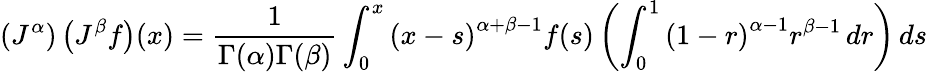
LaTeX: \left(J^{\alpha}\right)\left(J^{\beta}f\right)(x)={\frac{1}{\Gamma(\alpha)\Gamma(\beta)}}\int_{0}^{x}\left(x-s\right)^{\alpha+\beta-1}f(s)\left(\int_{0}^{1}\left(1-r\right)^{\alpha-1}r^{\beta-1}\, dr\right)\, ds